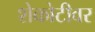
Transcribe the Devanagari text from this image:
शेकोटीवर